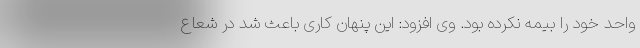
واحد خود را بیمه نکرده بود. وی افزود: این پنهان کاری باعث شد در شعاع